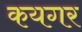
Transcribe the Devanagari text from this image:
कयगर